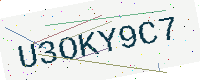
Text: U3OKY9C7